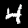
Digit: 4